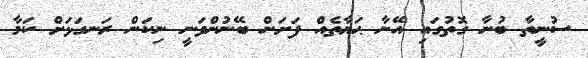
ސުނީތާ ބުނާ ގޮތުގައި އޭނާ ޙަޔާތެއް ފަށަން ބޭނުންވަނީ ނިކަން ރަނގަޅަށް ކަމާ